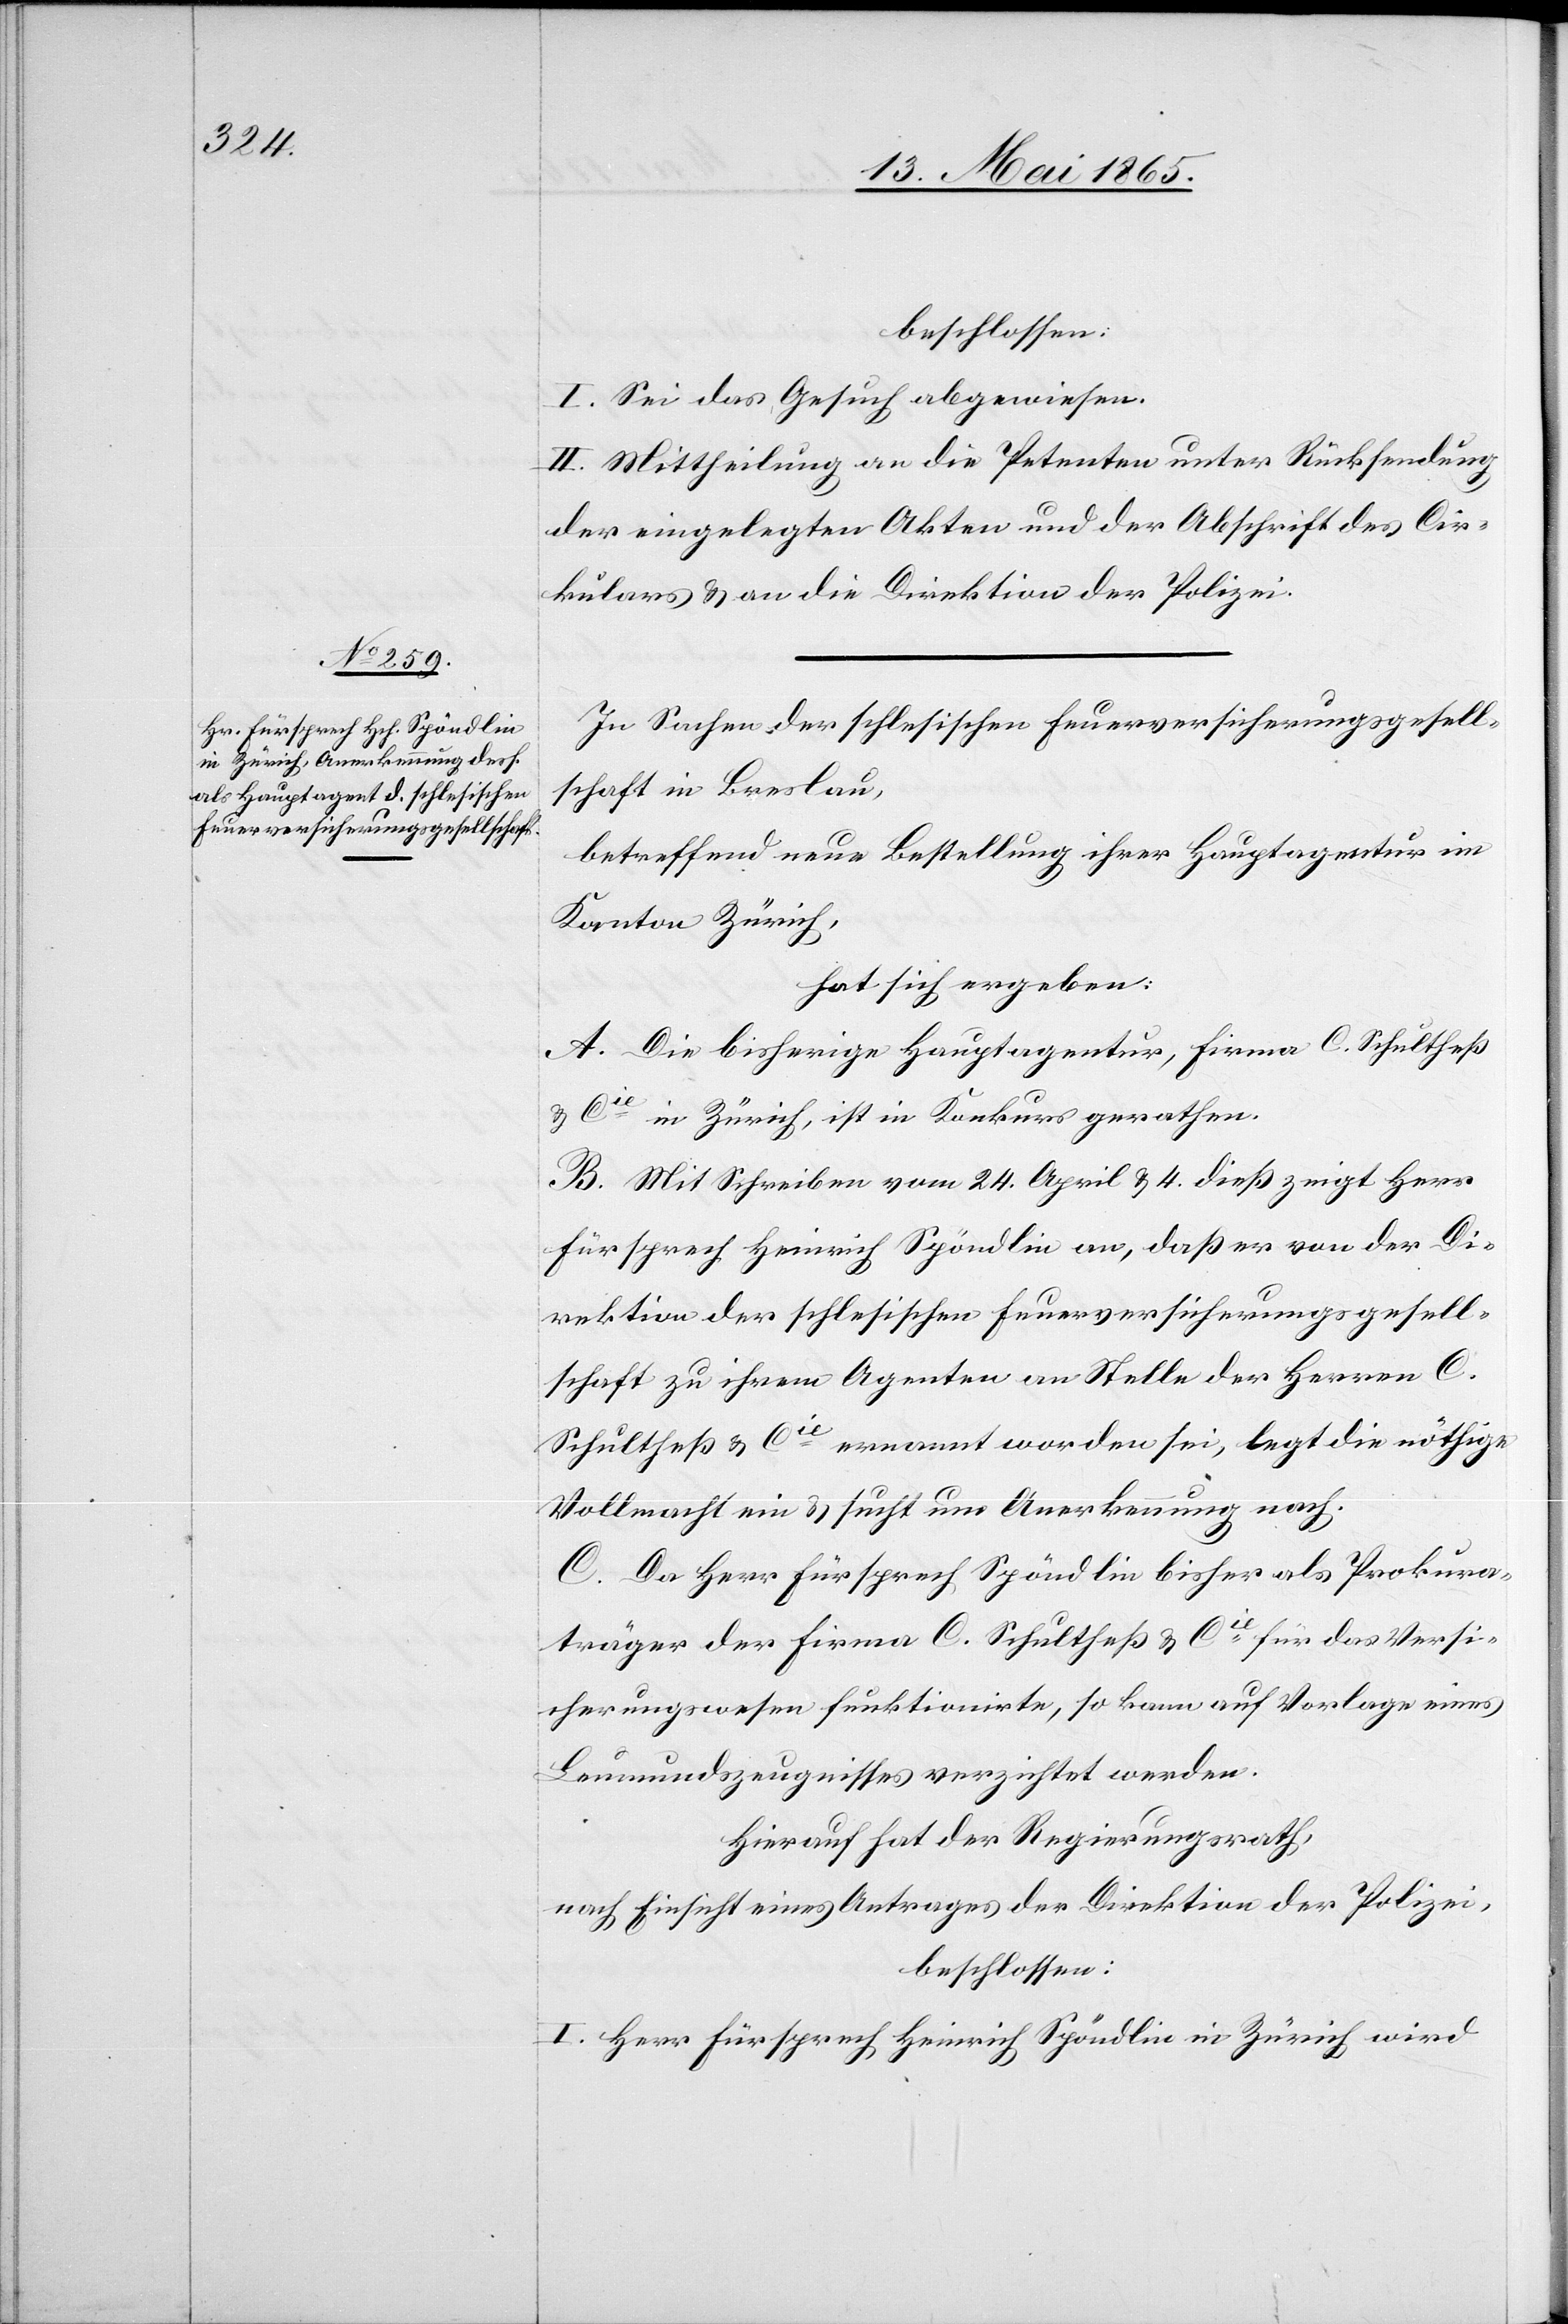
beschlossen:
I. Sei das Gesuch abgewiesen.
II. Mittheilung an die Petenten unter Rücksendung
der eingelegten Akten und der Abschrift des Cir¬
kulars & an die Direktion der Polizei.
In Sachen der schlesischen Feuerversicherungsgesell¬
schaft in Breslau,
betreffend neue Bestellung ihrer Hauptagentur im
Kanton Zürich,
hat sich ergeben:
A. Die bisherige Hauptagentur, Firma C. Schultheß
& Cie in Zürich, ist in Konkurs gerathen.
B. Mit Schreiben vom 24. April & 4. dieß zeigt Herr
Fürsprech Heinrich Spöndlin an, daß er von der Di¬
rektion der schlesischen Feuerversicherungsgesell¬
schaft zu ihrem Agenten an Stelle der Herren C.
Schultheß & Cie ernannt worden sei, legt die nöthige
Vollmacht ein & sucht um Anerkennung nach.
C. Da Herr Fürsprech Spöndlin bisher als Prokura¬
träger der Firma C. Schultheß & Cie für das Versi¬
cherungswesen funktionirte, so kann auf Vorlage eines
Leumundszeugnisses verzichtet werden.
Hierauf hat der Regierungsrath,
nach Einsicht eines Antrages der Direktion der Polizei,
beschlossen:
I. Herr Fürsprech Heinrich Spöndlin in Zürich wird